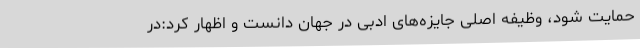
حمایت شود، وظیفه اصلی جایزه‌های ادبی در جهان دانست و اظهار کرد:در